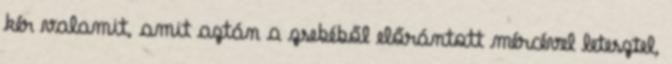
kér valamit, amit aztán a zsebéből előrántott mércével letesztel,